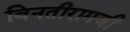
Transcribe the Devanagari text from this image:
विनतीरामजी